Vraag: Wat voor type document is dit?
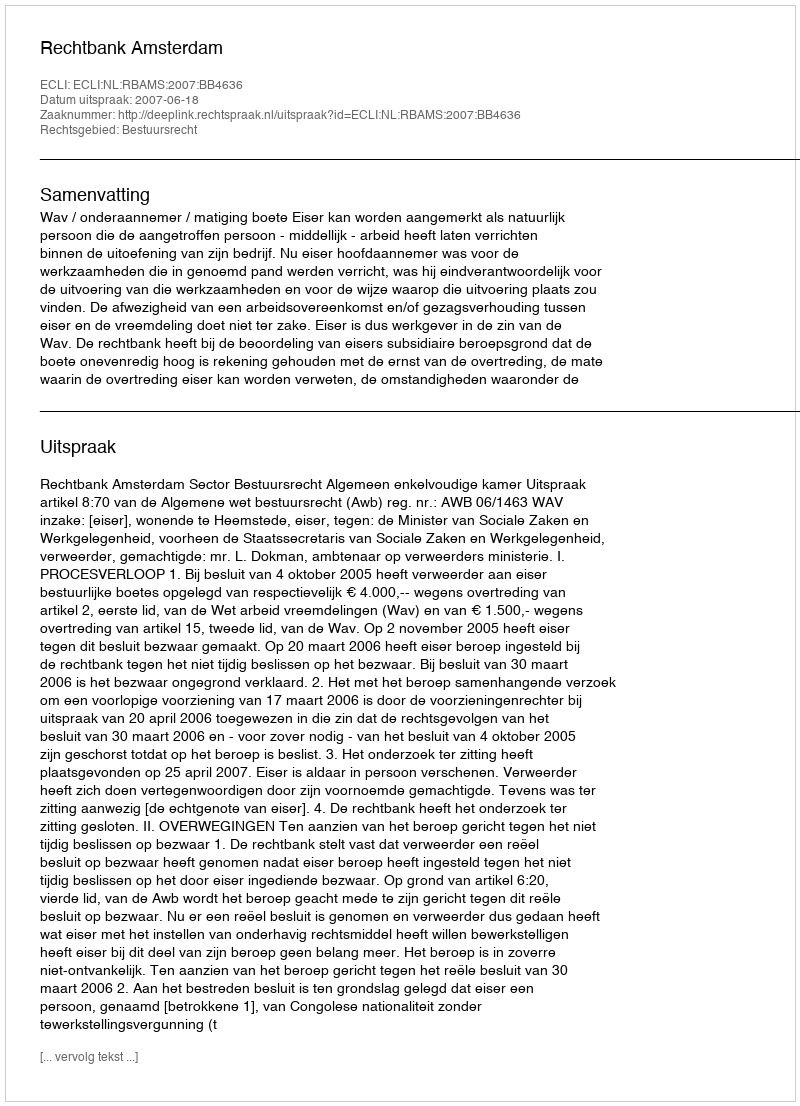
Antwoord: Uitspraak